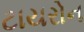
ટાયરોન